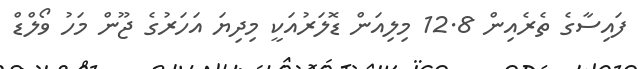
ފައިސާގެ ތެރެއިން 12.8 މިލިއަން ޑޮލަރުއަކީ މިދިޔަ އަހަރުގެ ޖޫން މަހު ވޯލްޑް